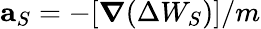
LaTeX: \mathbf{a}_{S}=-[\boldsymbol{\nabla}(\Delta W_{S})]/m